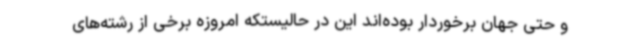
و حتی جهان برخوردار بوده‌اند این در حالیستکه امروزه برخی از رشته‌های